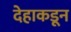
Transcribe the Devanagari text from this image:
देहाकडून